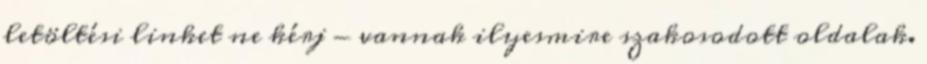
letöltési linket ne kérj - vannak ilyesmire szakosodott oldalak.